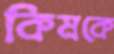
কিমকে